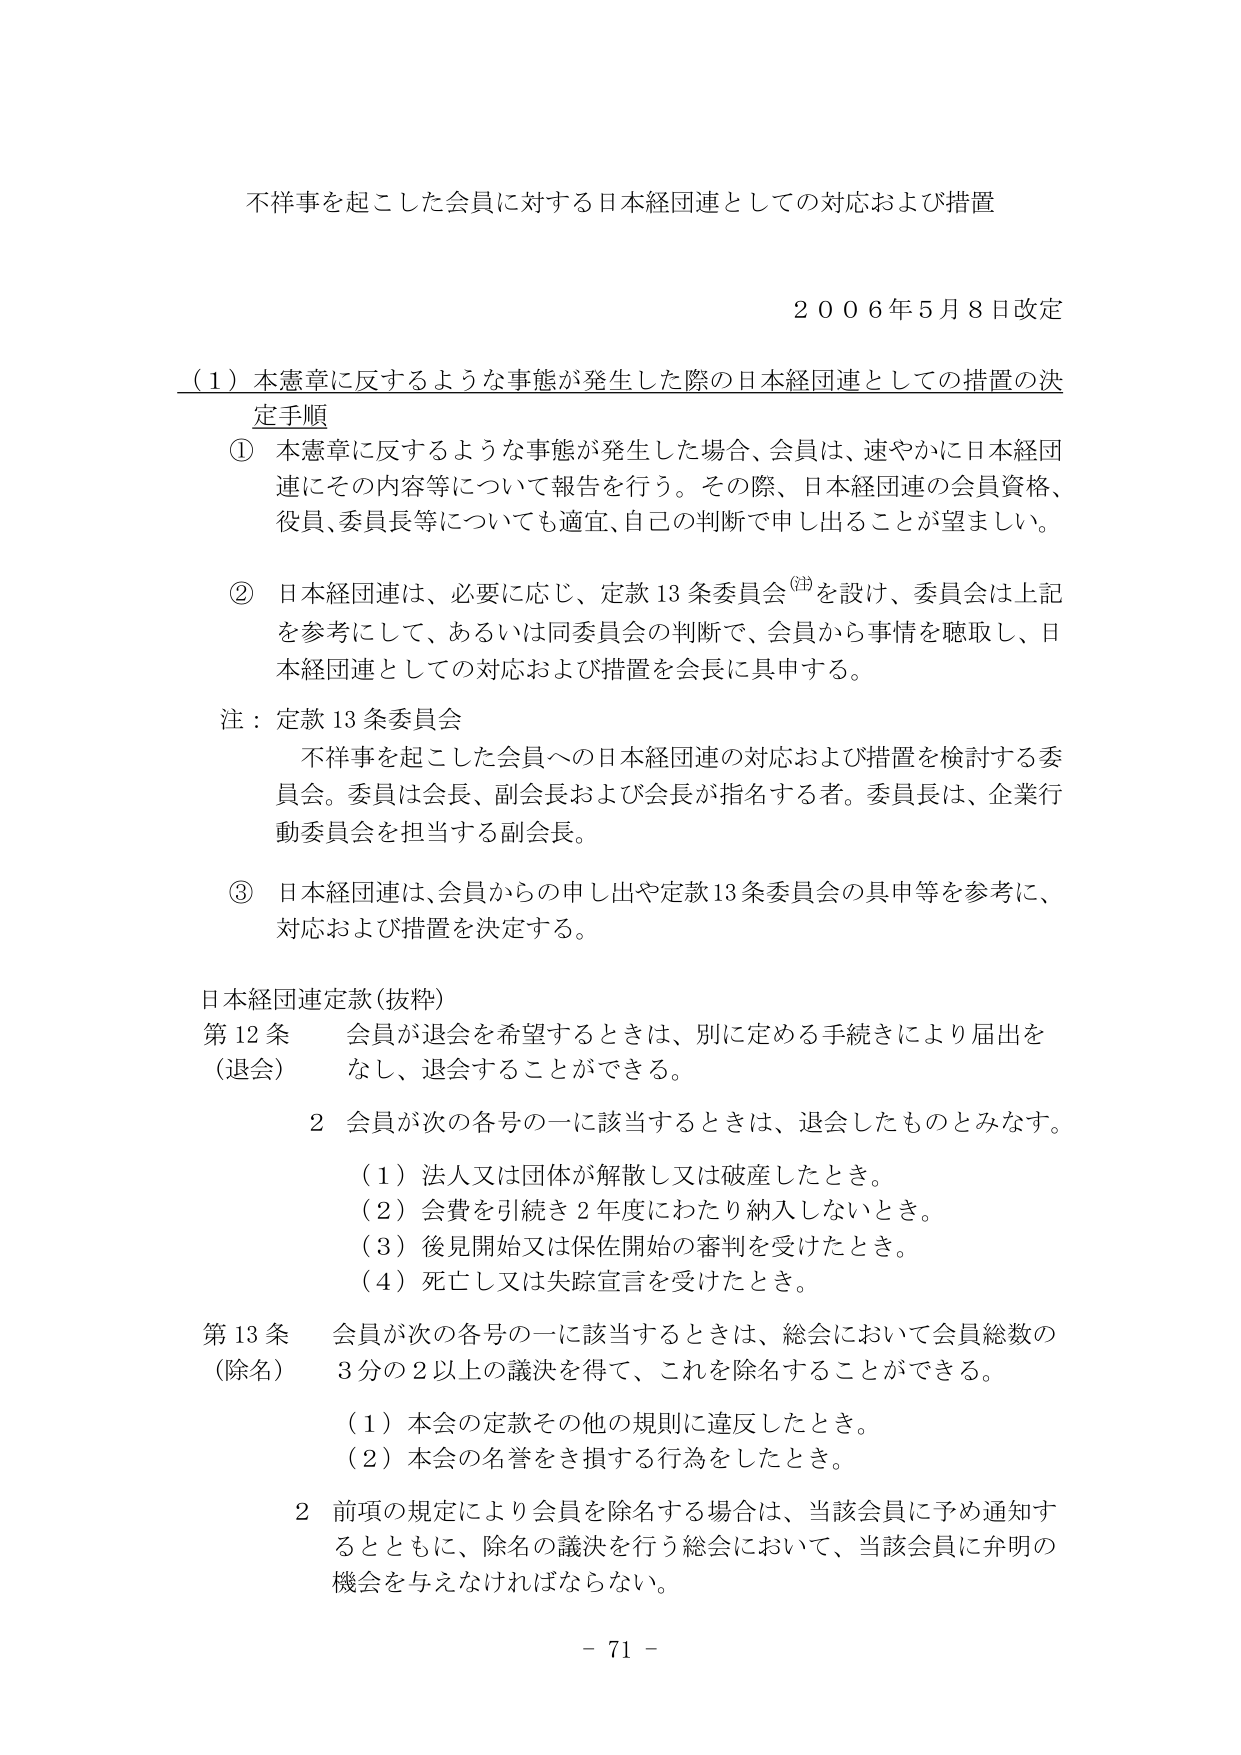
不祥事を起こした会員に対する日本経団連としての対応および措置

２００６年５月８日改定

（１）本憲章に反するような事態が発生した際の日本経団連としての措置の決定手順

① 本憲章に反するような事態が発生した場合、会員は、速やかに日本経団連にその内容等について報告を行う。その際、日本経団連の会員資格、役員、委員長等についても適宜、自己の判断で申し出ることが望ましい。

② 日本経団連は、必要に応じ、定款13条委員会（注）を設け、委員会は上記を参考にして、あるいは同委員会の判断で、会員から事情を聴取し、日本経団連としての対応および措置を会長に具申する。

注：定款13条委員会
不祥事を起こした会員への日本経団連の対応および措置を検討する委員会。委員は会長、副会長および会長が指名する者。委員長は、企業行動委員会を担当する副会長。

③ 日本経団連は、会員からの申し出や定款13条委員会の具申等を参考に、対応および措置を決定する。

日本経団連定款（抜粋）

第12条 会員が退会を希望するときは、別に定める手続きにより届出を
（退会） なし、退会することができる。

　　2 会員が次の各号の一に該当するときは、退会したものとみなす。

　　（1）法人又は団体が解散し又は破産したとき。

　　（2）会費を引続き2年度にわたり納入しないとき。

　　（3）後見開始又は保佐開始の審判を受けたとき。

　　（4）死亡し又は失踪宣言を受けたとき。

第13条 会員が次の各号の一に該当するときは、総会において会員総数の
（除名） 3分の2以上の議決を得て、これを除名することができる。

　　（1）本会の定款その他の規則に違反したとき。

　　（2）本会の名誉をき損する行為をしたとき。

　　2 前項の規定により会員を除名する場合は、当該会員に予め通知するとともに、除名の議決を行う総会において、当該会員に弁明の機会を与えなければならない。

－ 71 －